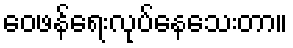
ဝေဖန်ရေးလုပ်နေသေးတာ။